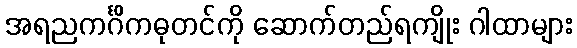
အရညကင်္ဂိကဓုတင်ကို ဆောက်တည်ရကျိုး ဂါထာများ